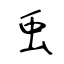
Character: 䖝